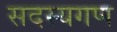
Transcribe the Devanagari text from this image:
सदस्‍यगण